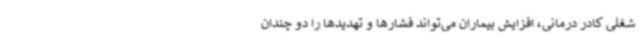
شغلی کادر درمانی، افزایش بیماران می‌تواند فشارها و تهدیدها را دو چندان